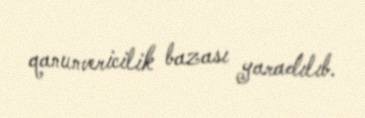
qanunvericilik bazası yaradılıb.